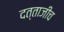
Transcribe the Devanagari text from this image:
दत्ताजीच